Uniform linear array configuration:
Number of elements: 48
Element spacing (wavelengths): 0.75
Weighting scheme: uniform
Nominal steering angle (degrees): -60
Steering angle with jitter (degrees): -58.667
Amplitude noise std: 0.05
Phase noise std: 0.05

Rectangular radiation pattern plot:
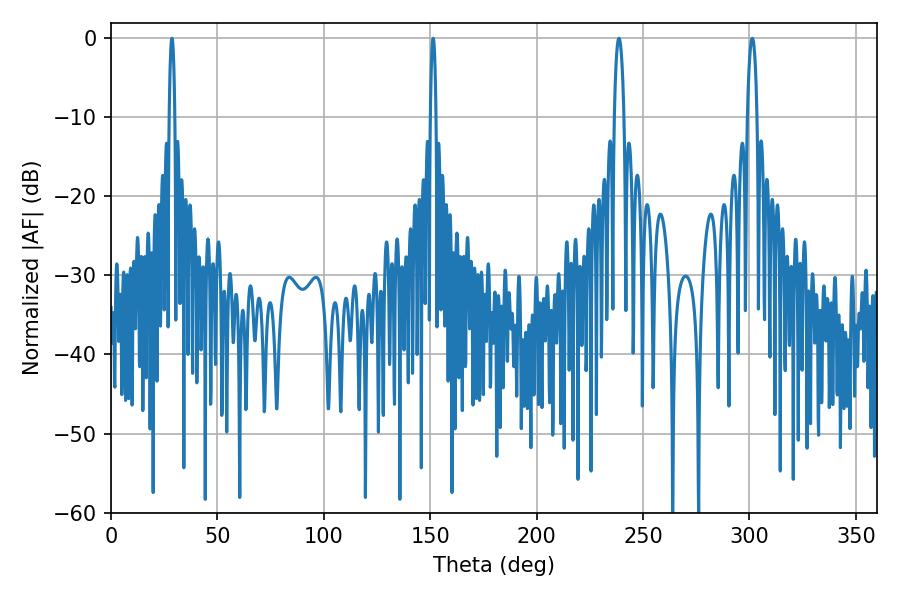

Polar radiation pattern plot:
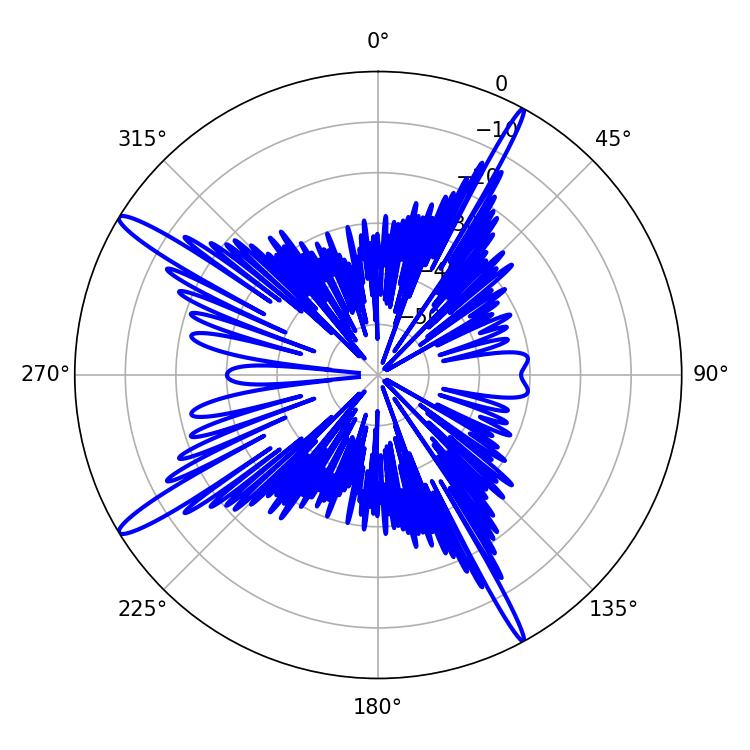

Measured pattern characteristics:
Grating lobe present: TRUE
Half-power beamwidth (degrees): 2.52
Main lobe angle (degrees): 301.32